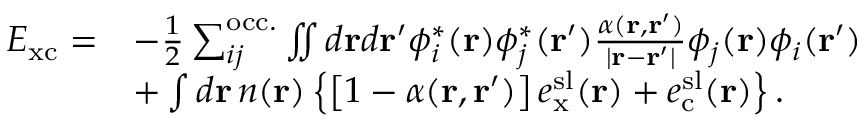
\begin{array} { r l } { E _ { \mathrm { x c } } = } & { - \frac { 1 } { 2 } \sum _ { i j } ^ { \mathrm { o c c . } } \iint d \mathbf { r } d \mathbf { r } ^ { \prime } \phi _ { i } ^ { * } ( \mathbf { r } ) \phi _ { j } ^ { * } ( \mathbf { r } ^ { \prime } ) \frac { \alpha ( \mathbf { r } , \mathbf { r } ^ { \prime } ) } { | \mathbf { r } - \mathbf { r } ^ { \prime } | } \phi _ { j } ( \mathbf { r } ) \phi _ { i } ( \mathbf { r } ^ { \prime } ) } \\ & { + \int d \mathbf { r } \, n ( \mathbf { r } ) \left\{ \left[ 1 - \alpha ( \mathbf { r } , \mathbf { r } ^ { \prime } ) \right] e _ { \mathrm { x } } ^ { \mathrm { s l } } ( \mathbf { r } ) + e _ { \mathrm { c } } ^ { \mathrm { s l } } ( \mathbf { r } ) \right\} . } \end{array}